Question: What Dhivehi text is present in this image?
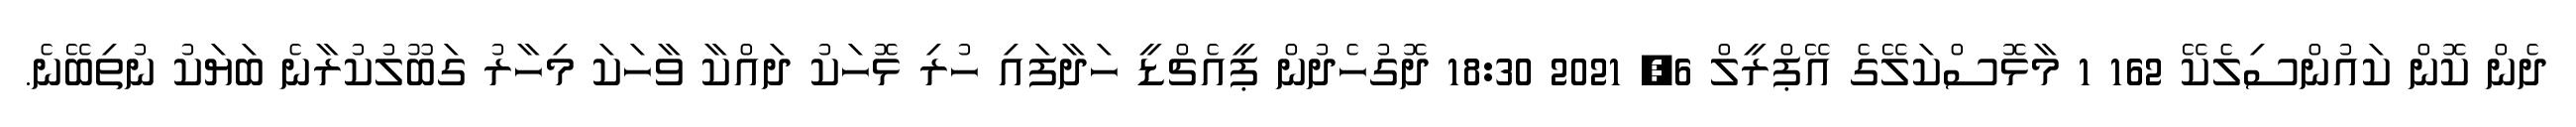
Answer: ދެން ކޮން ކައުންސިލެކޭ 162 1 މާޅޮސްކަލޭގެ އޭޕްރީލް 6, 2021 18:30 ދޮގުހެދުން ޕީއެޗްޑީ ހަދާފައި ހުރި ޅޮހަކު ދައްކާ ވާހަކަ މިހާރު ގަބޫލުކުރާނެ ބަޔަކު ނުތިބޭނެ.